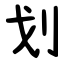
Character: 划